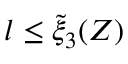
l \le \tilde { \xi } _ { 3 } ( Z )